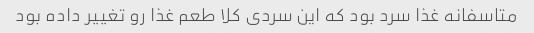
متاسفانه غذا سرد بود که این سردی کلا طعم غذا رو تغییر داده بود